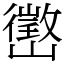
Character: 㠞